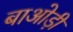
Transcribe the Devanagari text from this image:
बाओड़ी